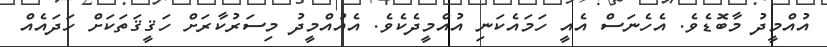
އުއްމީދު މާބޮޑެވެ. އެހެނަސް އެއީ ހަމައެކަނި އުއްމީދެކެވެ. އެއުއްމީދު މިސަރުކާރަށް ހަޤީޤަތަކަށް ހަދައެއް